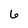
Character: 6